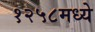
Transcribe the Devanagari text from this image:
१२५८मध्ये